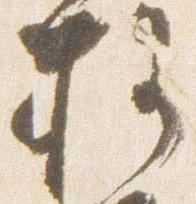
権